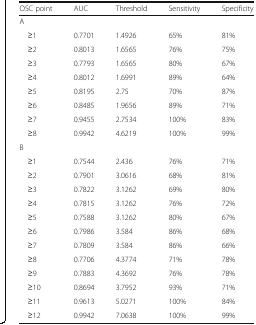
| OSC point | AUC | Threshold | Sensitivity | Specificity |
 | --- | --- | --- | --- | --- |
 | <COLSPAN=5> A |
 | ≥1 | 0.7701 | 1.4926 | 65% | 81% |
 | ≥2 | 0.8013 | 1.6565 | 76% | 75% |
 | ≥3 | 0.7793 | 1.6565 | 80% | 67% |
 | ≥4 | 0.8012 | 1.6991 | 89% | 64% |
 | ≥5 | 0.8195 | 2.75 | 70% | 87% |
 | ≥6 | 0.8485 | 1.9656 | 89% | 71% |
 | ≥7 | 0.9455 | 2.7534 | 100% | 83% |
 | ≥8 | 0.9942 | 4.6219 | 100% | 99% |
 | <COLSPAN=5> B |
 | ≥1 | 0.7544 | 2.436 | 76% | 71% |
 | ≥2 | 0.7901 | 3.0616 | 68% | 81% |
 | ≥3 | 0.7822 | 3.1262 | 69% | 80% |
 | ≥4 | 0.7815 | 3.1262 | 76% | 72% |
 | ≥5 | 0.7588 | 3.1262 | 80% | 67% |
 | ≥6 | 0.7986 | 3.584 | 86% | 68% |
 | ≥7 | 0.7809 | 3.584 | 86% | 66% |
 | ≥8 | 0.7706 | 4.3774 | 71% | 78% |
 | ≥9 | 0.7883 | 4.3692 | 76% | 78% |
 | ≥10 | 0.8694 | 3.7952 | 93% | 71% |
 | ≥11 | 0.9613 | 5.0271 | 100% | 84% |
 | ≥12 | 0.9942 | 7.0638 | 100% | 99% |